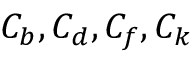
C _ { b } , C _ { d } , C _ { f } , C _ { k }